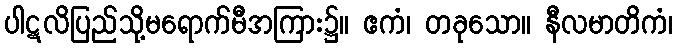
ပါဋလိပြည်သို့မရောက်မီအကြား၌။ ဧကံ၊ တခုသော။ နီလမာတိကံ၊